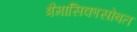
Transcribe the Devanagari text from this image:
त्रैमासिकासोबत